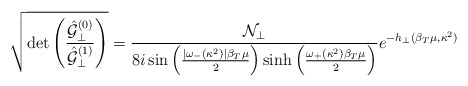
\begin{align*}\sqrt{\det\left(\frac{\hat{{\cal G}}_{\perp}^{(0)}}{\hat{{\cal G}}_{\perp}^{(1)}}\right)}=\frac{{\cal N}_{\perp}}{8i\sin\left(\frac{|\omega_-(\kappa^2)|\beta_T\mu}{2}\right)\sinh\left(\frac{\omega_+(\kappa^2)\beta_T\mu}{2}\right)}e^{-h_{\perp}(\beta_T\mu,\kappa^2)}\end{align*}